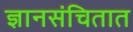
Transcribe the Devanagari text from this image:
ज्ञानसंचितात